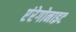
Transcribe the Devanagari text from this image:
एंरेगोनाइट